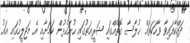
ދައްކާފައިވާ ވާހަކަތައް ޚުލާސާ ގޮތެއްގައި ޝަރީޢަތުގައި ހުށަހެޅުން ކަމަށާއި އެ މަޖިލީހުގައި އައު